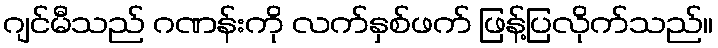
ဂျင်မီသည် ဂဏန်းကို လက်နှစ်ဖက် ဖြန့်ပြလိုက်သည်။